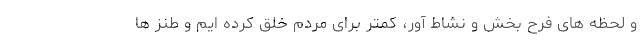
و لحظه های فرح بخش و نشاط آور، کمتر برای مردم خلق کرده ایم و طنز ها